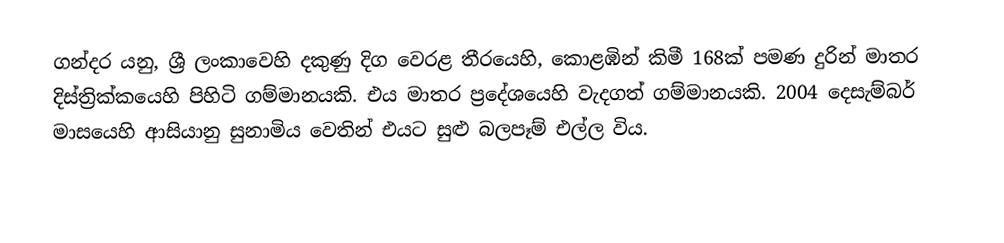
ගන්දර යනු, ශ්‍රී ලංකාවෙහි දකුණු දිග වෙරළ තීරයෙහි, කොළඹින්  කිමී 168ක් පමණ දුරින් මාතර දිස්ත්‍රික්කයෙහි පිහිටි ගම්මානයකි. එය මාතර ප්‍රදේශයෙහි වැදගත් ගම්මානයකි. 2004 දෙසැම්බර් මාසයෙහි ආසියානු සුනාමිය වෙතින් එයට සුළු බලපෑම් එල්ල විය.